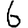
Digit: 6